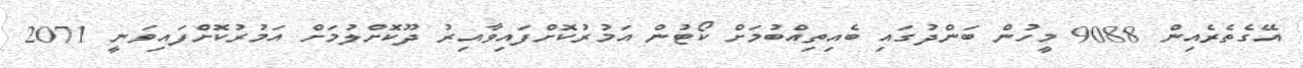
އޭގެތެރެއިން 9088 މީހުން ބަންދުގައި ބެއިތިއްބުމަށް ކޯޓުން އަމުރުކޮށްފައިވާއިރު ދޫކޮށްލުމަށް އަމުރުކޮށްފައިވަނީ 2071